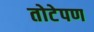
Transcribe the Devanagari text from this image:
तोटेपण